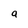
Character: a